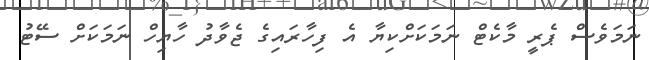
ނަމަވެސް ޕެރީ މާކެޓް ނަމަކަށްކިޔާ އެ ފިހާރައިގެ ޖެވާދު ހާޔިހް ނަމަކަށް ސޭޓު